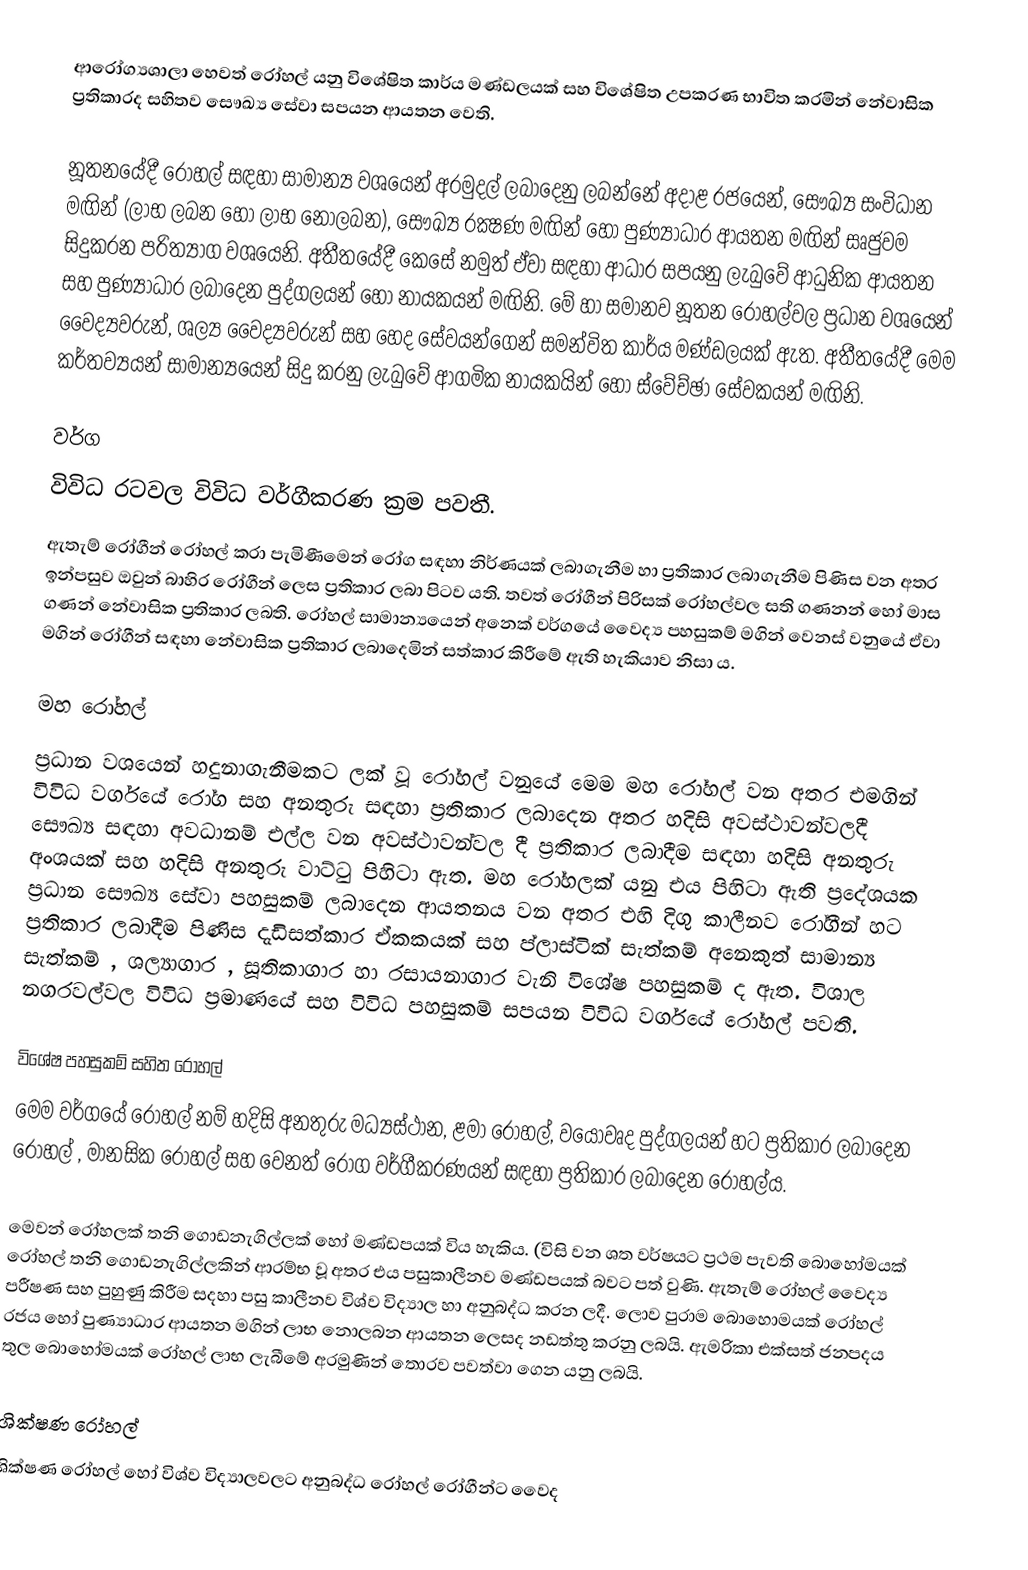
ආරෝග්‍යශාලා හෙවත් රෝහල් යනු විශේෂිත කාර්ය මණ්ඩලයක් සහ විශේෂිත උපකරණ භාවිත කරමින් නේවාසික ප්‍රතිකාරද සහිතව සෞඛ්‍ය සේවා සපයන ආයතන වෙති.

නූතනයේදී රෝහල් සඳහා සාමාන්‍ය වශයෙන් අරමුදල් ලබාදෙනු ලබන්නේ අදාළ රජයෙන්, සෞඛ්‍ය සංවිධාන මඟින් (ලාභ ලබන හෝ ලාභ නොලබන), සෞඛ්‍ය රක්‍ෂණ මඟින් හෝ පුණ්‍යාධාර ආයතන මඟින් සෘජුවම සිදුකරන පරිත්‍යාග වශයෙනි. අතීතයේදී කෙසේ නමුත් ඒවා සඳහා ආධාර සපයනු ලැබුවේ ආධුනික ආයතන සහ පුණ්‍යාධාර ලබාදෙන පුද්ගලයන් හෝ නායකයන් මඟිනි. මේ හා සමානව නූතන රෝහල්වල ප්‍රධාන වශයෙන් වෛද්‍යවරුන්, ශල්‍ය වෛද්‍යවරුන් සහ හෙද සේවයන්ගෙන් සමන්විත කාර්ය මණ්ඩලයක් ඇත. අතීතයේදී මෙම කර්තව්‍යයන් සාමාන්‍යයෙන් සිදු කරනු ලැබුවේ ආගමික නායකයින් හෝ ස්වේච්ඡා සේවකයන් මඟිනි.

වර්ග
විවිධ රටවල විවිධ වර්ගීකරණ ක්‍රම පවතී.
ඇතැම් රෝගීන් රෝහල් කරා පැමිණීමෙන් රෝග සඳහා නිර්ණයක් ලබාගැනීම හා ප්‍රතිකාර ලබාගැනීම පිණිස වන අතර ඉන්පසුව ඔවුන් බාහිර රෝගීන් ලෙස ප්‍රතිකාර ලබා පිටව යති. තවත් රෝගීන් පිරිසක් රෝහල්වල සති ගණනන් හෝ මාස ගණන් නේවාසික ප්‍රතිකාර ලබති. රෝහල් සාමාන්‍යයෙන් අනෙක් වර්ගයේ වෛද්‍ය පහසුකම් මගින් වෙනස් වනුයේ ඒවා මගින් රෝගීන් සඳහා නේවාසික ප්‍රතිකාර ලබාදෙමින් සත්කාර කිරීමේ ඇති හැකියාව නිසා ය.

මහ රෝහල්
ප්‍රධාන වශයෙන් හදුනාගැනීමකට ලක් වූ රෝහල් වනුයේ මෙම මහ රෝහල් වන අතර එමගින් විවිධ වර්ගයේ රෝග සහ අනතුරු සඳහා ප්‍රතිකාර ලබාදෙන අතර හදිසි අවස්ථාවන්වලදී සෞඛ්‍ය සඳහා අවධානම් එල්ල වන අවස්ථාවන්වල දී ප්‍රතිකාර ලබාදීම සඳහා හදිසි අනතුරු අංශයක් සහ හදිසි අනතුරු වාට්ටු පිහිටා ඇත. මහ රෝහලක් යනු එය පිහිටා ඇති ප්‍රදේශයක ප්‍රධාන සෞඛ්‍ය සේවා පහසුකම් ලබාදෙන ආයතනය වන අතර එහි දිගු කාලීනව රෝගීන් හට ප්‍රතිකාර ලබාදීම පිණිස දැඩිසත්කාර ඒකකයක් සහ ප්ලාස්ටික් සැත්කම් අනෙකුත් සාමාන්‍ය සැත්කම් , ශල්‍යාගාර , සූතිකාගාර හා රසායනාගාර වැනි විශේෂ පහසුකම් ද ඇත. විශාල නගරවල්වල විවිධ ප්‍රමාණයේ සහ විවිධ පහසුකම් සපයන විවිධ වර්ගයේ රෝහල් පවතී.

විශේෂ පහසුකම් සහිත රෝහල්
මෙම වර්ගයේ රෝහල් නම් හදිසි අනතුරු මධ්‍යස්ථාන, ළමා රෝහල්, වයෝවෘද පුද්ගලයන් හට ප්‍රතිකාර ලබාදෙන රෝහල් , මානසික රෝහල් සහ වෙනත් රෝග වර්ගීකරණයන් සඳහා ප්‍රතිකාර ලබාදෙන රෝහල්ය.

මෙවන් රෝහලක් තනි ගොඩනැගිල්ලක් හෝ මණ්ඩපයක් විය හැකිය. (විසි වන ශත වර්ෂයට ප්‍රථම පැවති බොහෝමයක් රෝහල් තනි ගොඩනැගිල්ලකින් ආරම්භ වූ අතර එය පසුකාලීනව මණ්ඩපයක් බවට පත් වුණි. ඇතැම් රෝහල් වෛද්‍ය පරීෂණ සහ පුහුණු කිරීම සදහා පසු කාලීනව විශ්ව විද්‍යාල හා  අනුබද්ධ කරන ලදී. ලොව පුරාම බොහොමයක් රෝහල් රජය හෝ පුණ්‍යාධාර ආයතන මගින් ලාභ නොලබන ආයතන ලෙසද නඩත්තු කරනු ලබයි. ඇමරිකා එක්සත් ජනපදය තුල බොහෝමයක් රෝහල් ලාභ ලැබීමේ අරමුණින් තොරව පවත්වා ගෙන යනු ලබයි.

ශික්ෂණ රෝහල්
ශික්ෂණ රෝහල් හෝ විශ්ව විද්‍යාලවලට අනුබද්ධ රෝහල් රෝගීන්ට වෛද